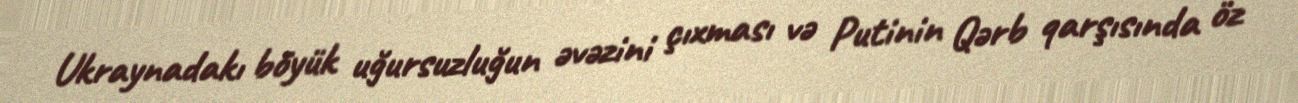
Ukraynadakı böyük uğursuzluğun əvəzini çıxması və Putinin Qərb qarşısında öz